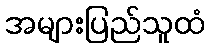
အများပြည်သူထံ